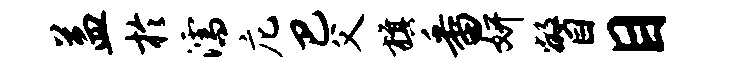
益於濡庀巴父旗番妍瞥目